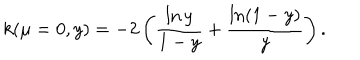
LaTeX: k ( \mu = 0 , y ) = - 2 \left( \frac { \ln y } { 1 - y } + \frac { \ln ( 1 - y ) } { y } \right) .